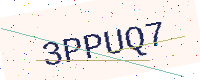
Text: 3PPUQ7